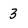
Character: 3